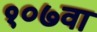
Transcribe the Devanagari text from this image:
१०७वा